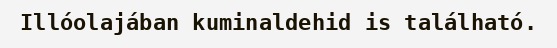
Illóolajában kuminaldehid is található.